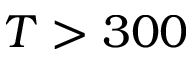
T > 3 0 0